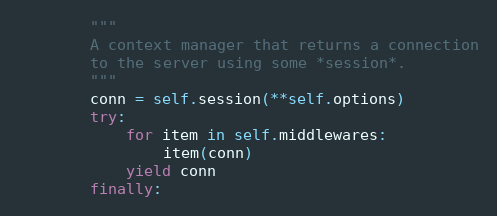
Language: Python
        """
        A context manager that returns a connection
        to the server using some *session*.
        """
        conn = self.session(**self.options)
        try:
            for item in self.middlewares:
                item(conn)
            yield conn
        finally: